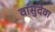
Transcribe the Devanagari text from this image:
वासुदेवा